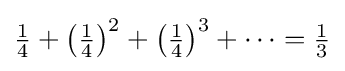
{\textstyle {\frac {1}{4}}+\left({\frac {1}{4}}\right)^{2}+\left({\frac {1}{4}}\right)^{3}+\dots ={\frac {1}{3}}}